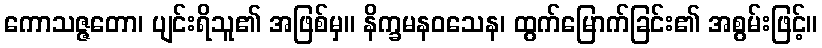
ကောသဇ္ဇတော၊ ပျင်းရိသူ၏ အဖြစ်မှ။ နိက္ခမနဝသေန၊ ထွက်မြောက်ခြင်း၏ အစွမ်းဖြင့်။